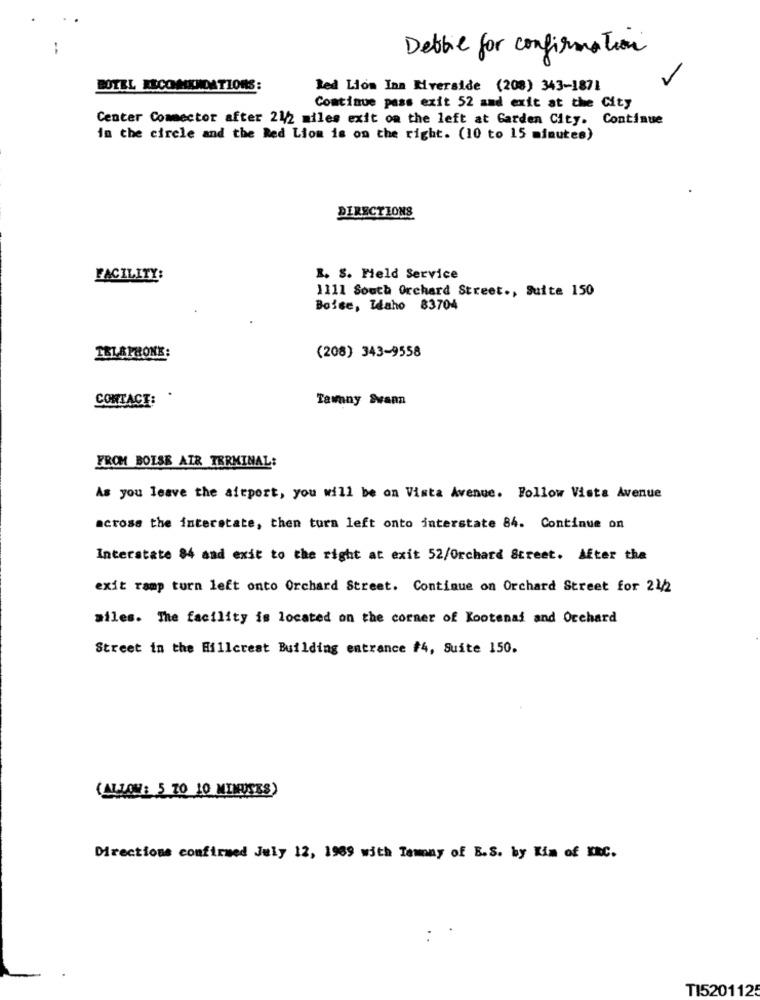
Debbie for confirmation
BOTEL RECOMMENDATIONS:
Red Lion Inn Riverside (208) 343-1871
Continue pass exit 52 and exit at the City
Center Commector after 21/2 miles exit on the left at Garden City. Continue
in the circle and the Red Lion is on the right. (10 to 15 minutes)
DIRECTIONS
FACILITY:
R. S. Field Service
1111 South Orchard Street ., Suite 150
Boise, Idaho 83704
TELAPHONE:
(208) 343-9558
Tamny Swann
CONTACT:
FROM BOISE AIR TERMINAL:
As you leave the airport, you will be on Vista Avenue. Follow Vista Avenue
across the interstate, then turn left onto interstate 84. Continue on
Interstate 84 and exit to the right at exit 52/Orchard Street. After the
exit ramp turn left onto Orchard Street. Continue on Orchard Street for 21/2
ailes. The facility is located on the corner of Kootenai and Orchard
Street in the Hillcrest Building entrance #4, Suite 150.
(ALLOW: 5 70 10 MINUSES)
Directions confirmed July 12, 1989 with Temony of B.S. by Kim of KRC.
TI5201125